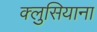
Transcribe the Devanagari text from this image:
क्लुसियाना